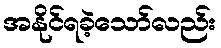
အနိုင်ရခဲ့သော်လည်း